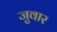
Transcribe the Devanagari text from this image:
जुवार